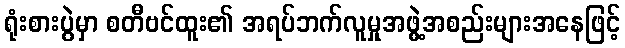
ရုံးစားပွဲမှာ စတီဗင်ထူး၏ အရပ်ဘက်လူမှုအဖွဲ့အစည်းများအနေဖြင့်